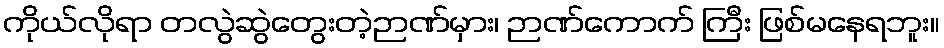
ကိုယ်လိုရာ တလွဲဆွဲတွေးတဲ့ဉာဏ်မှား၊ ဉာဏ်ကောက် ကြီး ဖြစ်မနေရဘူး။